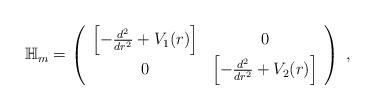
LaTeX: \begin{align*}\mathbb{H}_m = \left( \begin{array}{cc} \left[ -\frac{d^{2}}{dr^{2}}+V_1(r)\right] & 0 \\0 & \left[ -\frac{d^{2}}{dr^{2}}+V_2(r)\right]\end{array}\right)\;,\end{align*}